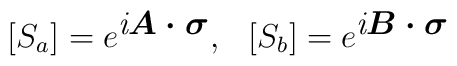
[S_a]=e^{\mbox{\it i{\mathversion{bold}$A\cdot\sigma$}}},\hspace{3mm}[S_b]=e^{\mbox{\it i{\mathversion{bold}$B\cdot\sigma$}}}